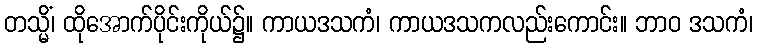
တသ္မိံ၊ ထိုအောက်ပိုင်းကိုယ်၌။ ကာယဒသကံ၊ ကာယဒသကလည်းကောင်း။ ဘာဝ ဒသကံ၊